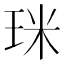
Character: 𤥄